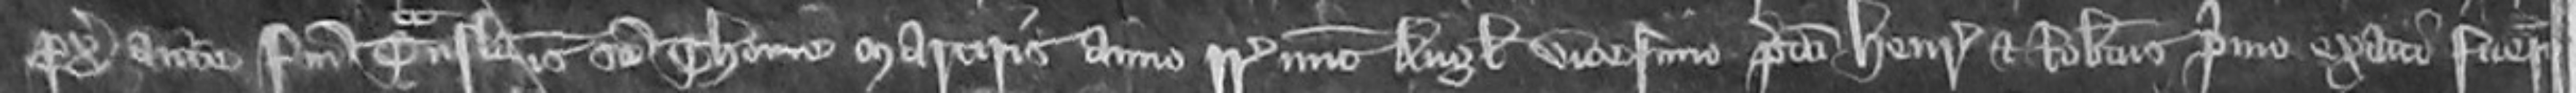
proximo ante Festum Translationis Sancti Thome Martiris anno regni Regis nunc Anglie vicesimo predicti Henricus et Robertus primo exacti fuerunt